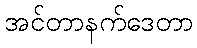
အင်တာနက်ဒေတာ